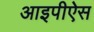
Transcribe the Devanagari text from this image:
आइपीऐस